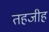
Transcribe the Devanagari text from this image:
तहजीह